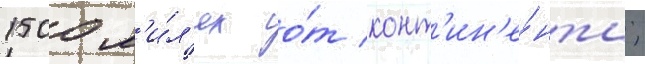
1500 м'и́л'ях о́т конт'ин'е́нта;